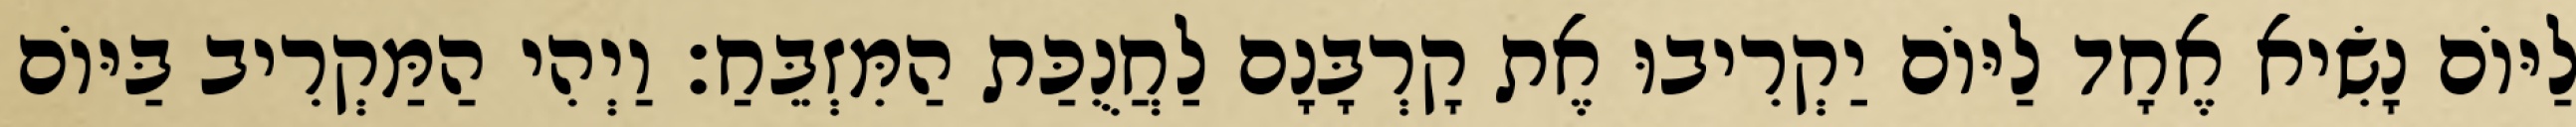
לַיּוֹם נָשִׂיא אֶחָד לַיּוֹם יַקְרִיבוּ אֶת קָרְבָּנָם לַחֲנֻכַּת הַמִּזְבֵּחַ׃ וַיְהִי הַמַּקְרִיב בַּיּוֹם